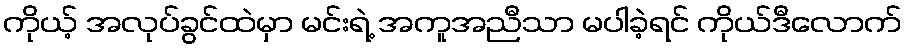
ကိုယ့် အလုပ်ခွင်ထဲမှာ မင်းရဲ့ အကူအညီသာ မပါခဲ့ရင် ကိုယ်ဒီလောက်